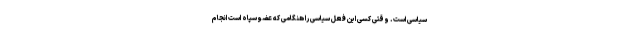
سیاسی است. وقتی کسی این فعل سیاسی را هنگامی که عضو سپاه است انجام